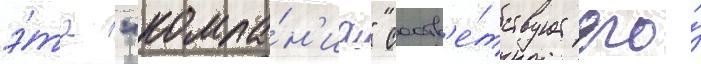
э́та "компа́н'иа" соотв'е́тствует его́